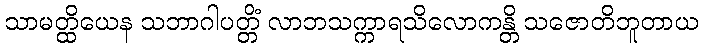
သာမတ္ထိယေန သဘာဂါပတ္တိံ လာဘသက္ကာရသိလောကန္တိ သဇောတိဘူတာယ